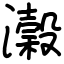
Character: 瀔